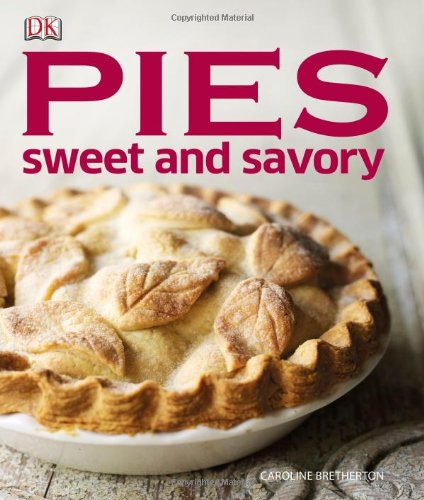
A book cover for Pies: Sweet and Savory; Caroline Bretherton; Cookbooks, Food & Wine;